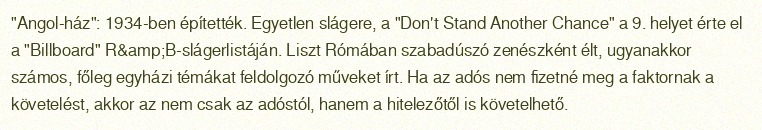
"Angol-ház": 1934-ben építették. Egyetlen slágere, a "Don't Stand Another Chance" a 9. helyet érte el a "Billboard" R&amp;B-slágerlistáján. Liszt Rómában szabadúszó zenészként élt, ugyanakkor számos, főleg egyházi témákat feldolgozó műveket írt. Ha az adós nem fizetné meg a faktornak a követelést, akkor az nem csak az adóstól, hanem a hitelezőtől is követelhető.